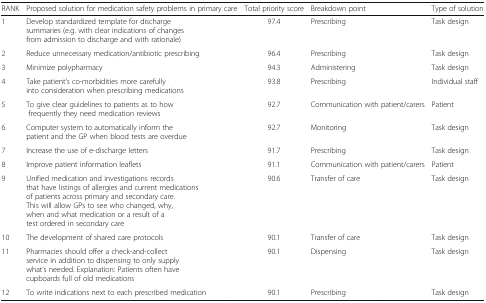
<table><thead><tr><td><b>RANK</b></td><td><b>Proposed solution for medication safety problems in primary care</b></td><td><b>Total priority score</b></td><td><b>Breakdown point</b></td><td><b>Type of solution</b></td></tr></thead><tbody><tr><td>1</td><td>Develop standardized template for discharge summaries (e.g. with clear indications of changes from admission to discharge and with rationale)</td><td>97.4</td><td>Prescribing</td><td>Task design</td></tr><tr><td>2</td><td>Reduce unnecessary medication/antibiotic prescribing</td><td>96.4</td><td>Prescribing</td><td>Task design</td></tr><tr><td>3</td><td>Minimize polypharmacy</td><td>94.3</td><td>Administering</td><td>Task design</td></tr><tr><td>4</td><td>Take patient’s co-morbidities more carefully into consideration when prescribing medications</td><td>93.8</td><td>Prescribing</td><td>Individual staff</td></tr><tr><td>5</td><td>To give clear guidelines to patients as to how frequently they need medication reviews</td><td>92.7</td><td>Communication with patient/carers</td><td>Patient</td></tr><tr><td>6</td><td>Computer system to automatically inform the patient and the GP when blood tests are overdue</td><td>92.7</td><td>Monitoring</td><td>Task design</td></tr><tr><td>7</td><td>Increase the use of e-discharge letters</td><td>91.7</td><td>Prescribing</td><td>Task design</td></tr><tr><td>8</td><td>Improve patient information leaflets</td><td>91.1</td><td>Communication with patient/carers</td><td>Patient</td></tr><tr><td>9</td><td>Unified medication and investigations records that have listings of allergies and current medications of patients across primary and secondary care. This will allow GPs to see who changed, why, when and what medication or a result of a test ordered in secondary care</td><td>90.6</td><td>Transfer of care</td><td>Task design</td></tr><tr><td>10</td><td>The development of shared care protocols</td><td>90.1</td><td>Transfer of care</td><td>Task design</td></tr><tr><td>11</td><td>Pharmacies should offer a check-and-collect service in addition to dispensing to only supply what’s needed. Explanation: Patients often have cupboards full of old medications</td><td>90.1</td><td>Dispensing</td><td>Task design</td></tr><tr><td>12</td><td>To write indications next to each prescribed medication</td><td>90.1</td><td>Prescribing</td><td>Task design</td></tr></tbody></table>